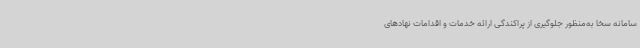
سامانه سخا به‌منظور جلوگیری از پراکندگی ارائه خدمات و اقدامات نهادهای